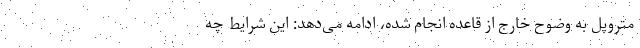
متروپل به وضوح خارج از قاعده انجام شده، ادامه می‌دهد: این شرایط چه